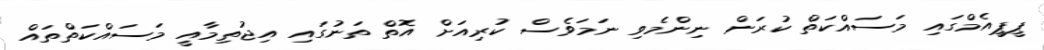
ޕީޕީއެމްގައި މަސައްކަތް ކުރަން ނިންމެވި ނަމަވެސް ކުރިއަށް އޮތް ތަނުގައި އިޖުތިމާއީ މަސައްކަތްތައް